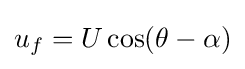
u_{f}=U\cos(\theta -\alpha )